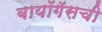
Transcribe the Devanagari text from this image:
बायॉगॅसची